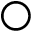
\bigcirc